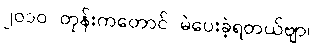
၂၀၁၀ တုန်းကတောင် မဲပေးခဲ့ရတယ်ဗျာ။